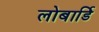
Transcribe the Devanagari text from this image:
लोबार्डि